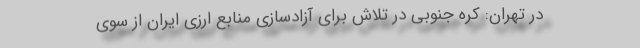
در تهران: کره جنوبی در تلاش برای آزادسازی منابع ارزی ایران از سوی